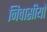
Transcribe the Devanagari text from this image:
निवासीयों